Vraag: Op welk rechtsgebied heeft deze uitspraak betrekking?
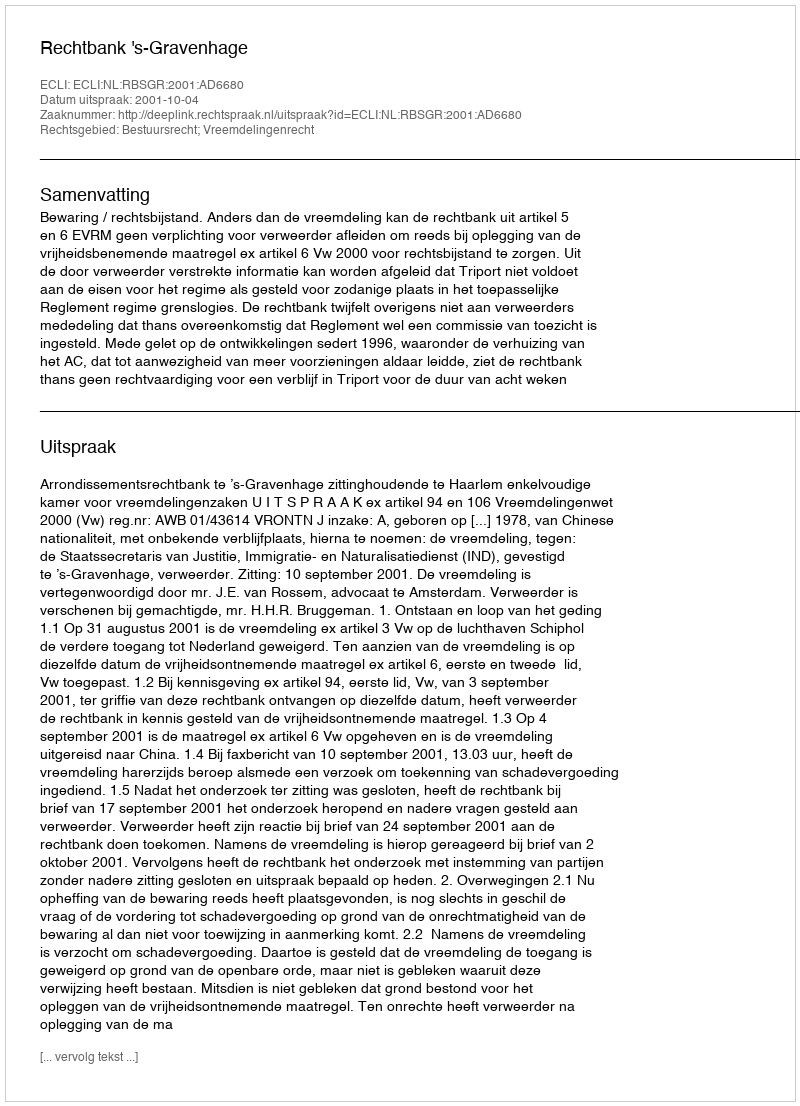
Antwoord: Bestuursrecht; Vreemdelingenrecht